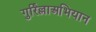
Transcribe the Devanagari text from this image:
गुर्रिल्लाअभियान